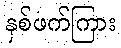
နှစ်ဖက်ကြား